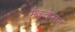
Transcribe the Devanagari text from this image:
मैककेलन